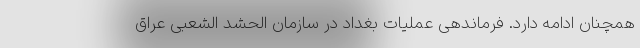
همچنان ادامه دارد. فرماندهی عملیات بغداد در سازمان الحشد الشعبی عراق